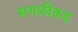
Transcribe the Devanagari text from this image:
सगळीकड